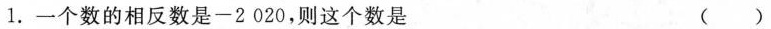
1.一个数的相反数是-2 020，则这个数是 ( )